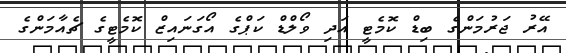
އޭރު ޖަރުމަންގެ ބިޑް ކޮމެޓީ އަދި ވޯލްޑް ކަޕްގެ އޯގަނައިޒް ކޮމެޓީގެ ޗެއާމަންގެ